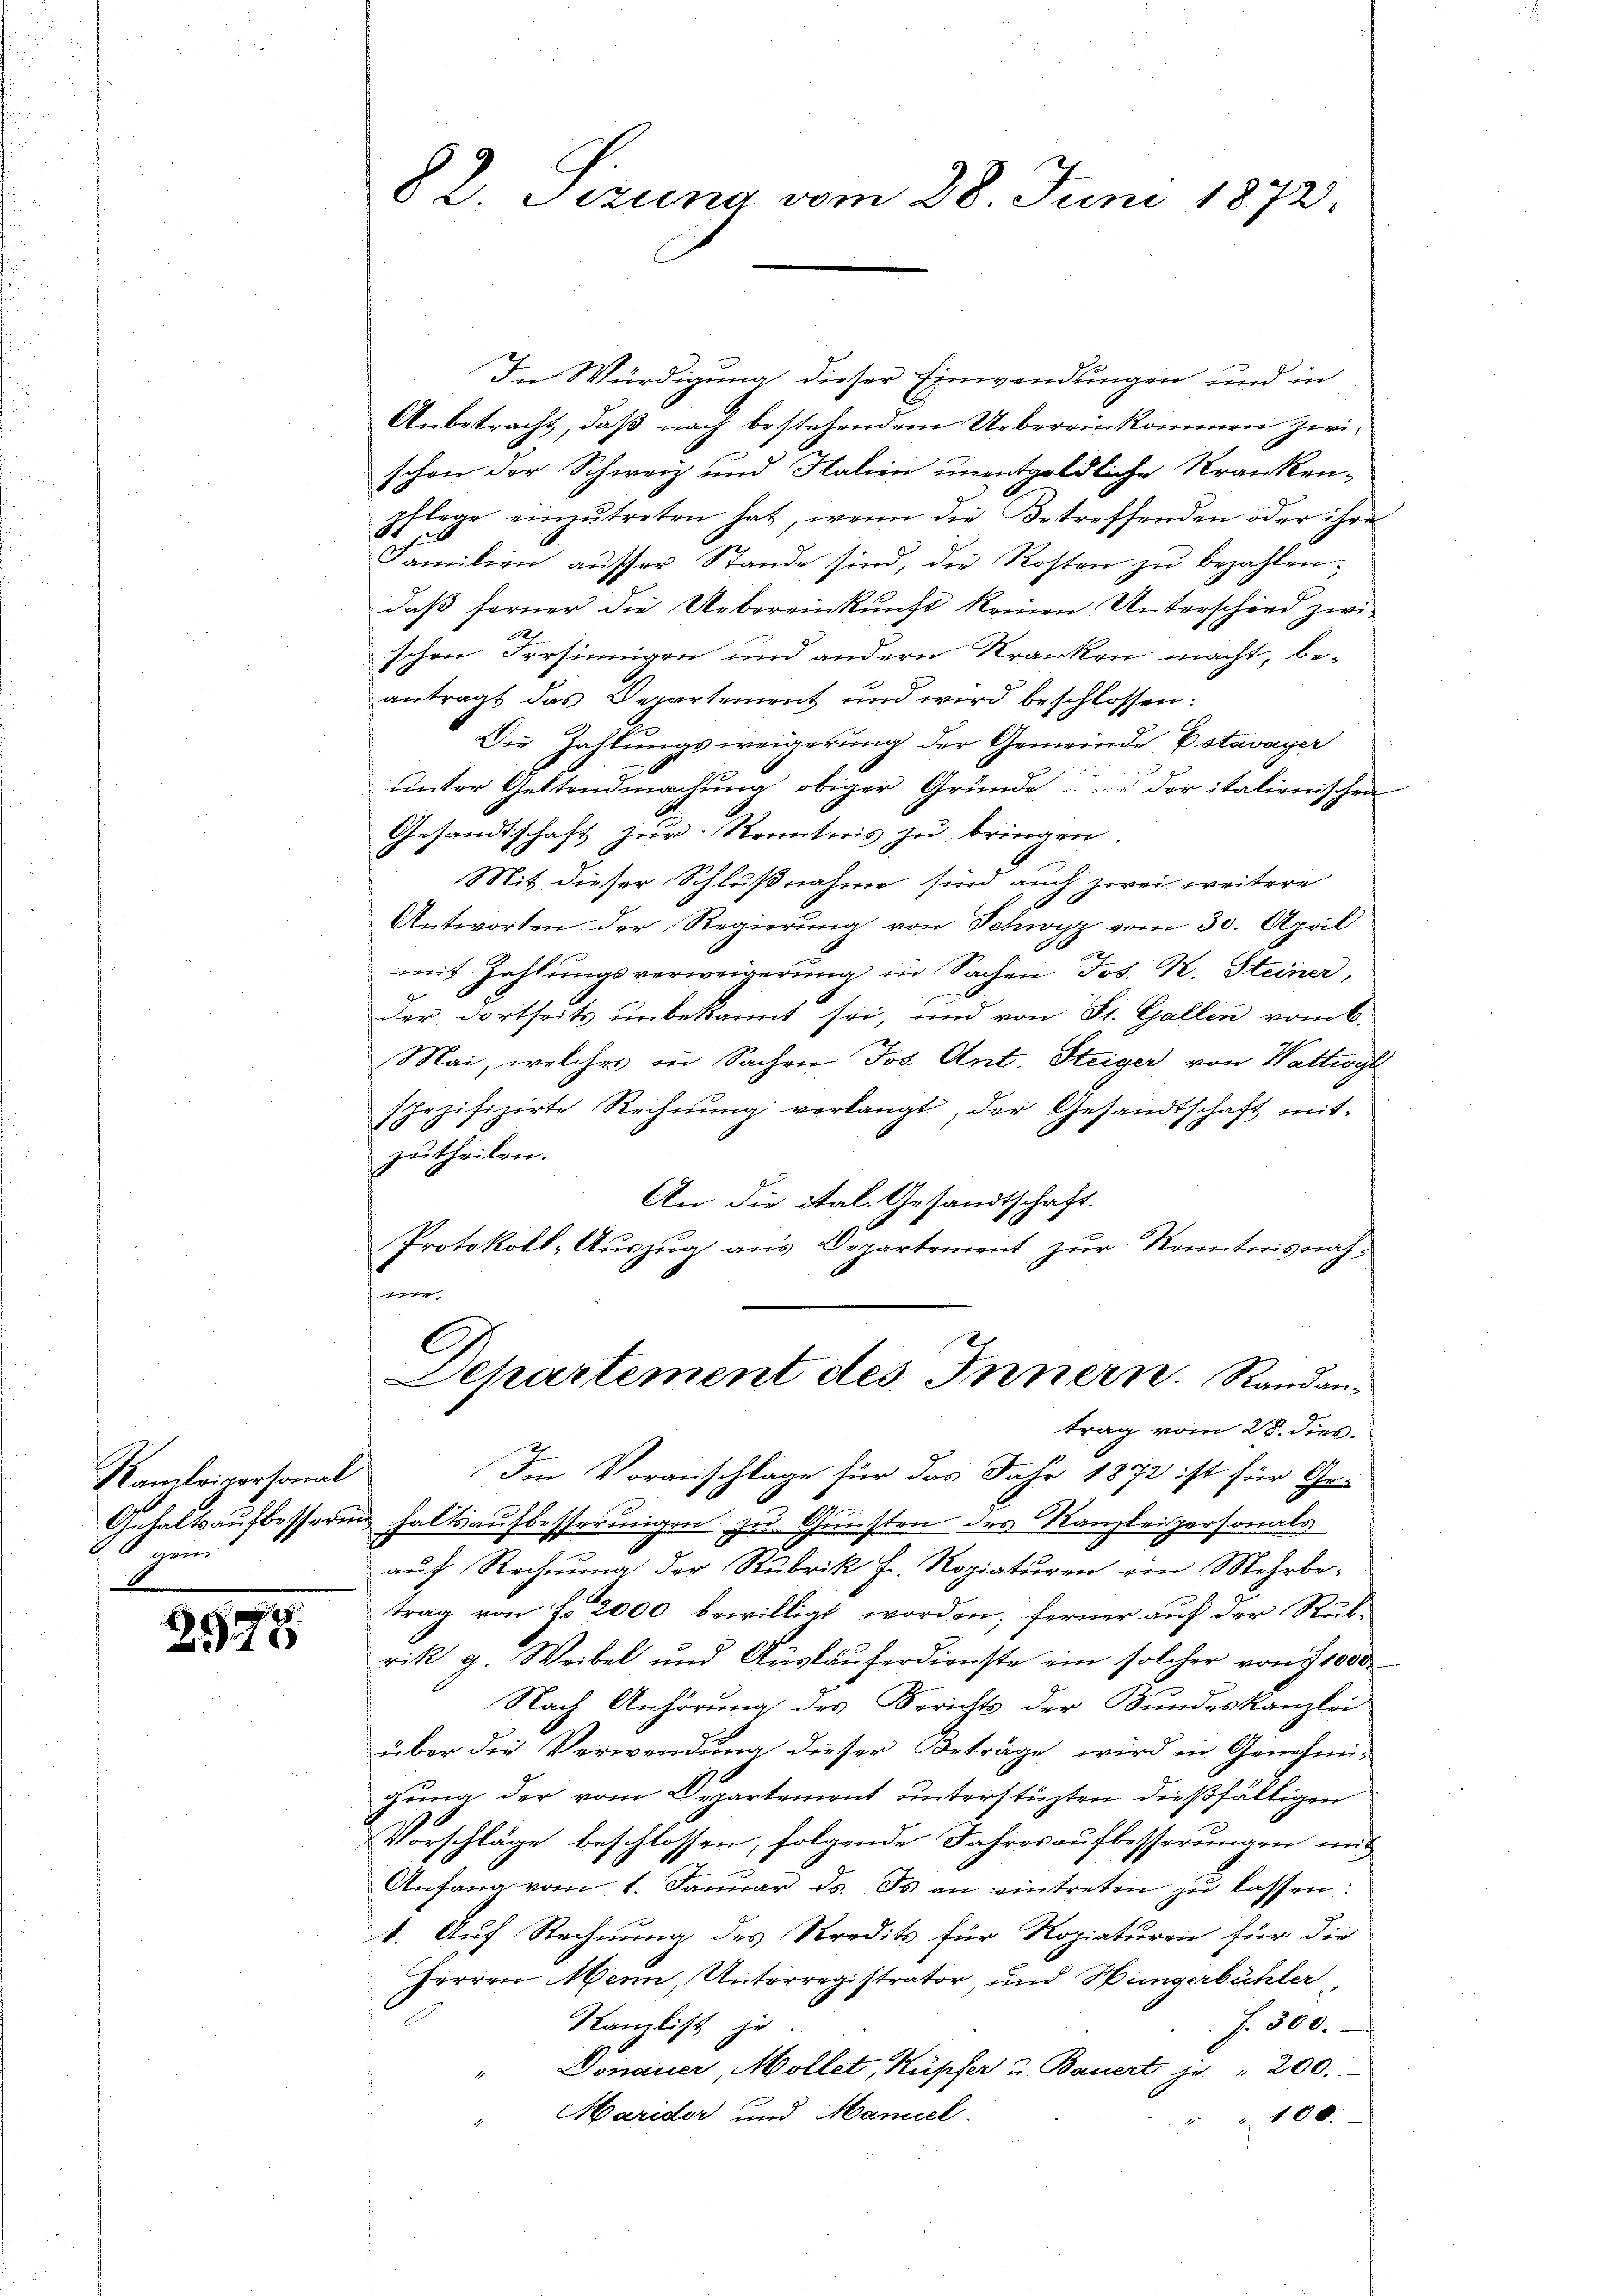
Kamlriversonal
Gehaltsaufbesserung
gen

2578

82. Sizung vom 28. Juni 1872.

In Würdigung dieser Einwendungen und in
Anbetracht, daß nach bestehendem Uebereinkommen zwischon der Schweiz und Salien unentgeldliche Kranken-
pflege einzŭtreten hat, wenn die betreffenden oder ihre
Familien ausser Stande sind, die Kosten zu bezahlen.
daß ferner die Uebereinkunft keinen Unterschied zwi
schen Irrsinnigen und andern Kranken macht, beantragt das Departement und wird beschlossen:
Die Zahlungsweigerung der Gemeinde Estavayer
unter Geltendmachung obiger Gründe ... der italienischen
Gesandtschaft zur Kenntnis zu bringen.
Mit dieser Schlußnahme sind auch zwei weitere
Antworten der Regierung von Schwyz vom 30. April
mit Zahlungsverweigerung in Sachen Jos. K. Steiner,
der dortseits unbekannt sei, und von St. Gallen vom 6.
Mai, welches in Sachen Jos. Ant. Steiger von Wattwyl
shozifizirte Rechnung verlangt, der Gesandtschaft mit
zutheilen.
An die ital. Gesandtschaft.
Protokoll- Aŭszŭg ans Departement zŭr Kenntnisnah¬
1
Departement des Innern. Randantrag vom 28. dies
Im Voranschlage für das Jahr 1872 ist für Gehaltsaufbesserungen zu Gunsten des Kanzleipersonals
aŭf Rechnŭng der Rubrik Fr. Roziaturen ein Mehrbe-
trag von Fr. 2000 bewilligt worden; ferner auf der Rükrik g. Weibel und Ausläuferdienste ein solcher von § 1000
Nach Anhörung des Berichts der Bundeskanzlei
über die Verwendung dieser Beträge wird in Genehmi-
gung der vom Departement unterstüzten dießfälligen
Vorschläge beschlossen, folgende Jahresaufbesserungen mit
Anfang vom 1. Janŭar ds. ds. an eintreten zŭ lassen:
1. Auf Rechnung des Kredit für Ropiaturen für die
Herren Mein, Unterregistrator, und Hungerbühler
Kamlist je
f. 300.
Donauer, Mollet, Küpfer u. Bauert je " 200.
Marider und Maniel
100.